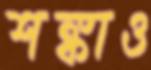
শঙ্কাও